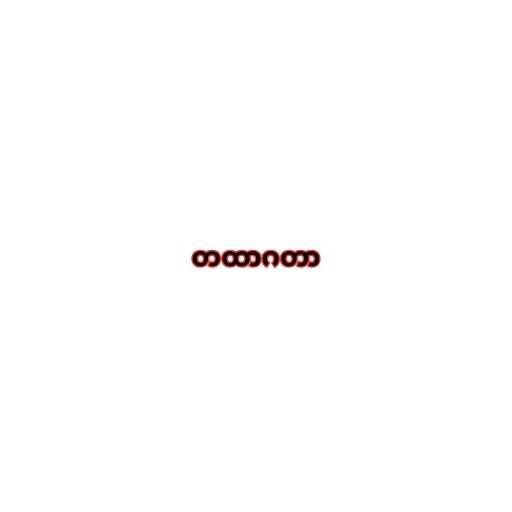
တထာဂတာ